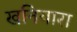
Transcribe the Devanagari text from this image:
खनियारा